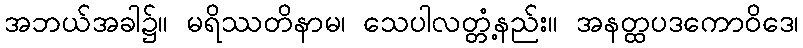
အဘယ်အခါ၌။ မရိဿတိနာမ၊ သေပါလတ္တံ့နည်း။ အနတ္ထပဒကောဝိဒေ၊